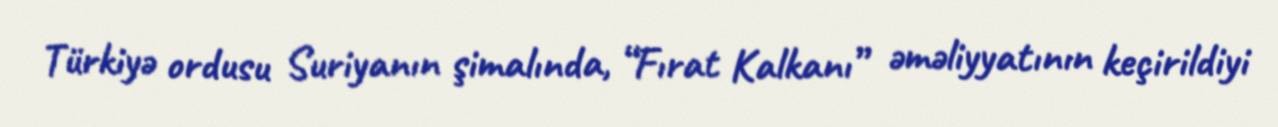
Türkiyə ordusu Suriyanın şimalında, “Fırat Kalkanı” əməliyyatının keçirildiyi